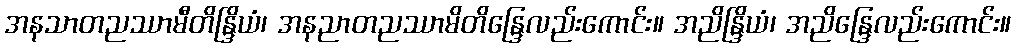
အနသာတညဿာမီတိန္ဒြိယံ၊ အနညာတညဿာမိတိန္ဒြေလည်းကောင်း။ အညိန္ဒြိယံ၊ အညိန္ဒြေလည်းကောင်း။